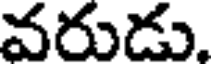
వరుడు.